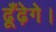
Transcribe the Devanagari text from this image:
ढूँढ़ेगे।